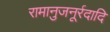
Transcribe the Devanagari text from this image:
रामानुजनूर्रदादि